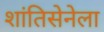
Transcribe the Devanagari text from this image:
शांतिसेनेला